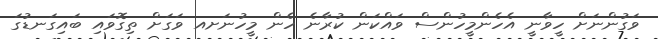
ވަގުންނަށް ހީވާނީ އެހެންމީހުންސް ވައްކަން ކުރާނެ ހެން މީހުނަށއ ވަގަަށް ތިގޮވައި ބައިގަނޑުގަ